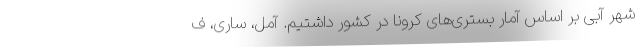
شهر آبی بر اساس آمار بستری‌های کرونا در کشور داشتیم. آمل، ساری، ف